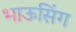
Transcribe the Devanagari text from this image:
भाऊसिंग